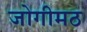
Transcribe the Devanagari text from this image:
जोगीमठ